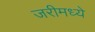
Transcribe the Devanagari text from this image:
जरीमध्ये